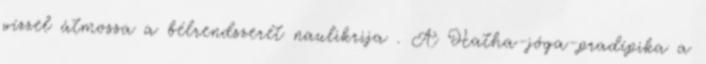
vízzel átmossa a bélrendszerét naulikrija . A Hatha-jóga-pradípika a